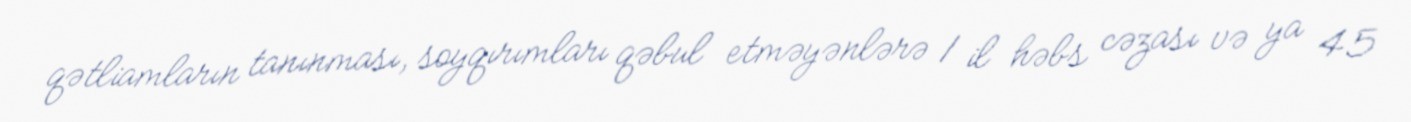
qətliamların tanınması, soyqırımları qəbul etməyənlərə 1 il həbs cəzası və ya 45